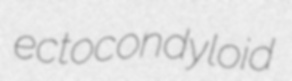
ectocondyloid